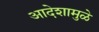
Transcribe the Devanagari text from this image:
आदेशामुळे